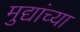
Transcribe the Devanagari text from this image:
मुद्यांच्या